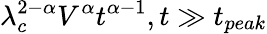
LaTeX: \lambda_{c}^{2-\alpha}V^{\alpha}t^{\alpha-1},t\gg t_{peak}